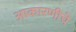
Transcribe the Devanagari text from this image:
आकारणीचे